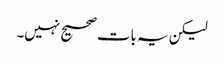
لیکن یہ بات صحیح نہیں۔